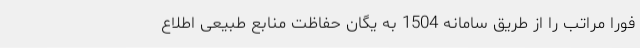
فوراً مراتب را از طریق سامانه 1504 به یگان حفاظت منابع طبیعی اطلاع